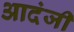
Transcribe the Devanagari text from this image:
आदंजी